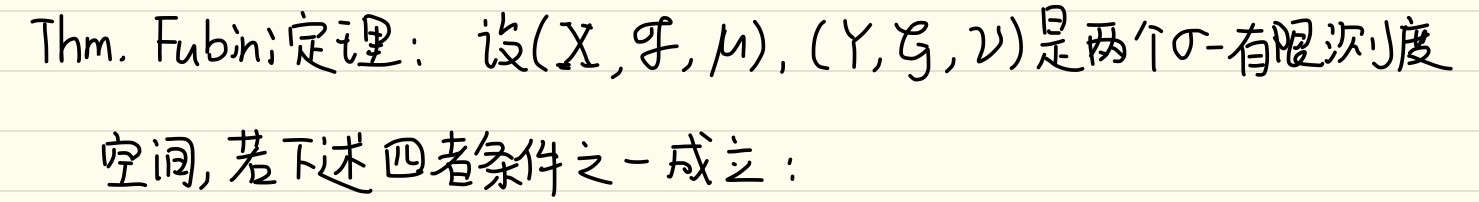
Thm. Fubini定理：设\((X, \mathcal{F}, \mu), (Y, \mathcal{G}, \nu)\)是两个\(\sigma\)-有限测度空间, 若下述四者条件之一成立：